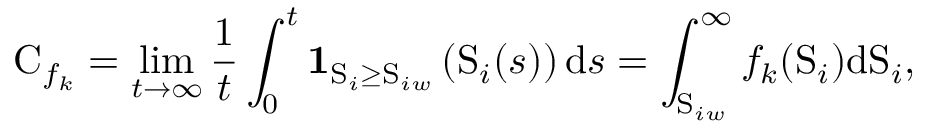
\mathrm { C } _ { f _ { k } } = \operatorname* { l i m } _ { t \rightarrow \infty } \frac { 1 } { t } \int _ { 0 } ^ { t } \mathbf { 1 } _ { \mathrm { S } _ { i } \geq \mathrm { S } _ { i w } } \left( \mathrm { S } _ { i } ( s ) \right) \mathrm { d } s = \int _ { \mathrm { S } _ { i w } } ^ { \infty } f _ { k } ( \mathrm { S } _ { i } ) \mathrm { d } \mathrm { S } _ { i } ,